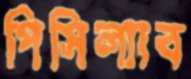
পিসিল্যাব